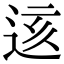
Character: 𨒨